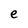
Character: e